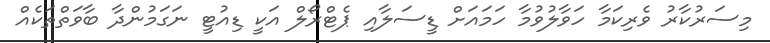
މިސަރުކާރު ވެރިކަމާ ހަވާލުވުމާ ހަމައަށް ޑީސަލާއި ޕެޓްރޯލް އަކީ ޑިއުޓީ ނަގަމުންދާ ބާވަތްތަކެއް